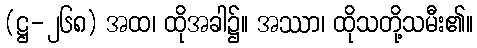
(ဋ္ဌ-၂၆၈) အထ၊ ထိုအခါ၌။ အဿာ၊ ထိုသတို့သမီး၏။